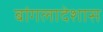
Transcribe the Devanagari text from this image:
बांगलादेशास